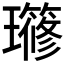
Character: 𤪱